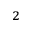
^ { 2 }